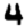
Digit: 4